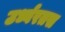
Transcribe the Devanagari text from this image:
उर्ध्वरतस